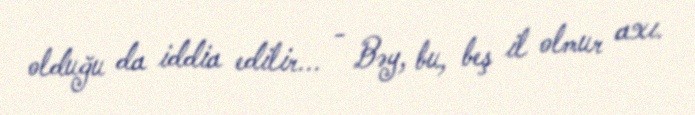
olduğu da iddia edilir... - Bəy, bu, beş il olmur axı.